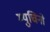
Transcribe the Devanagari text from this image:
म्युचिनो